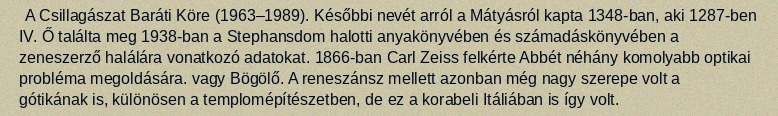
A Csillagászat Baráti Köre (1963–1989). Későbbi nevét arról a Mátyásról kapta 1348-ban, aki 1287-ben IV. Ő találta meg 1938-ban a Stephansdom halotti anyakönyvében és számadáskönyvében a zeneszerző halálára vonatkozó adatokat. 1866-ban Carl Zeiss felkérte Abbét néhány komolyabb optikai probléma megoldására. vagy Bögölő. A reneszánsz mellett azonban még nagy szerepe volt a gótikának is, különösen a templomépítészetben, de ez a korabeli Itáliában is így volt.